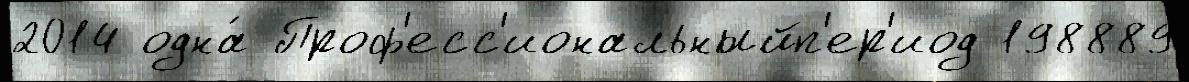
2014 одна́ Проф'есс'иональныйп'ер'иод 198889